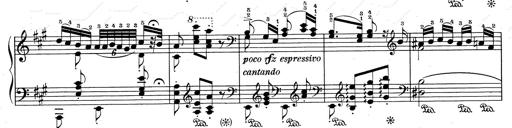
Title: RÃ©miniscences de Don Juan
Composer: Franz Liszt